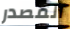
المصدر